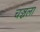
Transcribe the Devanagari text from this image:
चञ्चला